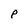
Character: P